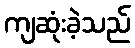
ကျဆုံးခဲ့သည်